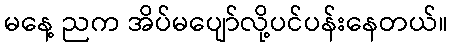
မနေ့ ညက အိပ်မပျော်လို့ပင်ပန်းနေတယ်။